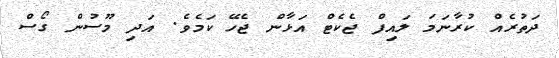
ދަަތުރެއް ކުރާނަަމަ ލައިފް ޖެކެޓް އަޅާން ޖެހޭ ކަމެވެ. އަދި މޫސުން ގޯސް